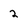
Character: 2